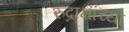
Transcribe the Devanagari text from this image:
रुद्राक्षांच्या